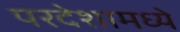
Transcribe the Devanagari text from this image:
परदेशामध्ये